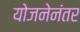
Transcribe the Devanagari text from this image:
योजनेनंतर